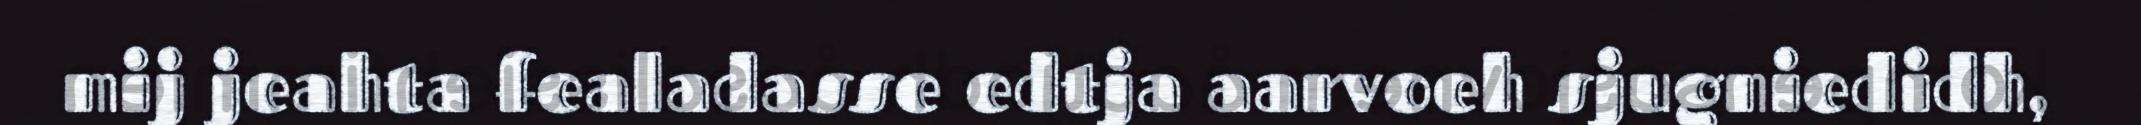
mij jeahta fealadasse edtja aarvoeh sjugniedidh,